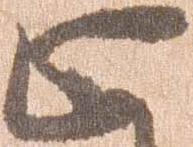
止